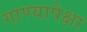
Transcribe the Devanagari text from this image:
गाण्यापेक्षा